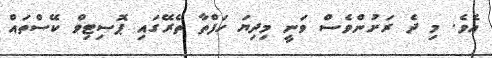
އެވެ. މި ދެ ރަށުންވެސް ވަނީ މިދިޔަ ހަފްތާ ތެރޭގައި ޕޮސިޓިވް ކޭސްތައް